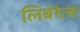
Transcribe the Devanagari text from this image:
लिबेरेत्स